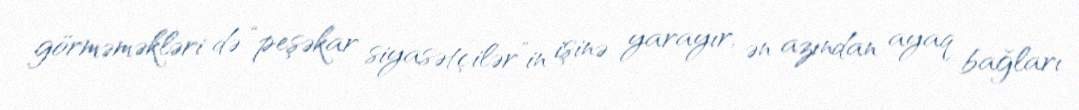
görməməkləri də “peşəkar siyasətçilər”in işinə yarayır, ən azından ayaq bağları